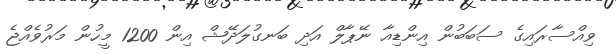
ވިއްސާރައިގެ ސަބަބުން އިންޑިއާ ނޭޕާލް އަދި ބަނގުލަދޭޝް އިން 1200 މީހުން މަރުވެއްޖެ